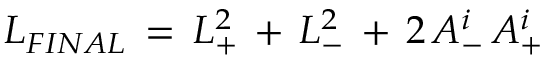
{ \cal L } _ { F I N A L } \, = \, { \cal L } _ { + } ^ { 2 } \, + \, { \cal L } _ { - } ^ { 2 } \, + \, 2 \, A _ { - } ^ { i } \, A _ { + } ^ { i }